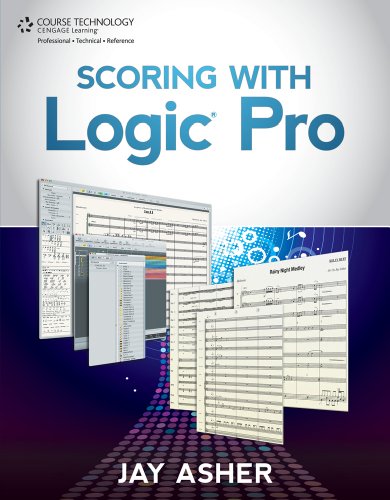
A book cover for Scoring with Logic Pro; Jay Asher; Computers & Technology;